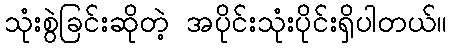
သုံးစွဲခြင်းဆိုတဲ့ အပိုင်းသုံးပိုင်းရှိပါတယ်။